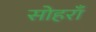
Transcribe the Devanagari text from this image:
सोहराँ